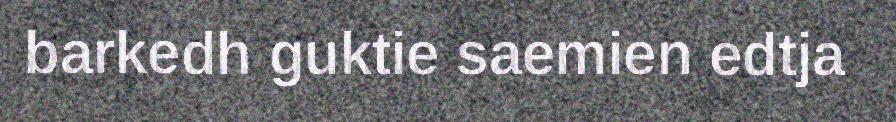
barkedh guktie saemien edtja